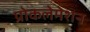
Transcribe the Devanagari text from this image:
प्रोकलेमेशन